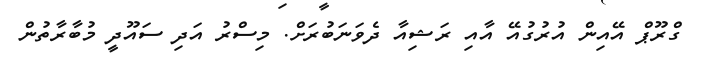
ގްރޫޕް އޭއިން އުރުގުއޭ އާއި ރަޝިއާ ދެވަނަބުރަށް. މިސްރު އަދި ސައޫދީ މުބާރާތުން